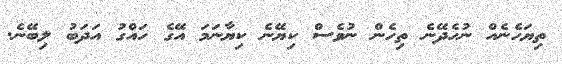
ތިޔަހެނެއް ނުހެދޭނެ ތިހެން ނުވެސް ކިޔޭނެ ކިޔާނަމަ އޭގެ ހައްގު އަދަބު ލިބޭނެ.